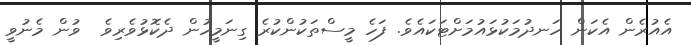
އެއުރެން އެކަން ހަނދުމަކުޅައުމަށްޓަކައެވެ. ފަހެ މީސްތަކުންކުރެ ގިނަމީހުން ދެކޮޅުވެރިވެ  ވުން މެނުވީ